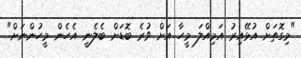
"މިގޮތަށް އުޅޭއިރު އަމިއްލަ މީހާ އަށް ވުރެ ބޮޑަށް ބެލެނީ އެހެން މީހުންނަށް"